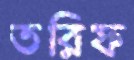
তরিফ